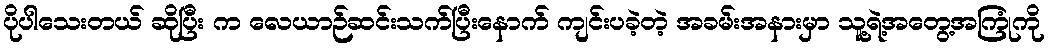
ပိုပါသေးတယ် ဆိုပြီး က လေယာဉ်ဆင်းသက်ပြီးနောက် ကျင်းပခဲ့တဲ့ အခမ်းအနားမှာ သူ့ရဲ့အတွေ့အကြုံကို